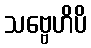
သဗ္ဗေဟိပိ